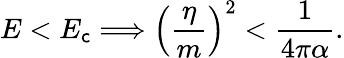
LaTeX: E<E_{\mathsf{c}}\Longrightarrow\left(\frac{\eta}{m}\right)^{2}<\frac{1}{{4\pi\alpha}}.